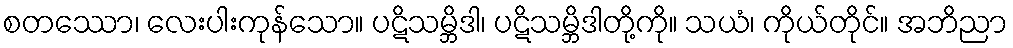
စတဿော၊ လေးပါးကုန်သော။ ပဋိသမ္ဘိဒါ၊ ပဋိသမ္ဘိဒါတို့ကို။ သယံ၊ ကိုယ်တိုင်။ အဘိညာ